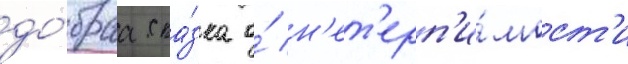
до́браа ска́зка о́ н'ет'ерп'и́мост'и